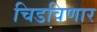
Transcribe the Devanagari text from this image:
चिडविणार